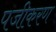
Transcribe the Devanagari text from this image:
पजीकरण